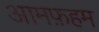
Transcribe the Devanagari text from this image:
आमफ़हम